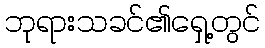
ဘုရားသခင်၏ရှေ့တွင်